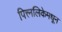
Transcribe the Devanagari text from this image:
पित्त्नलिकेमधून